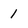
Character: 1